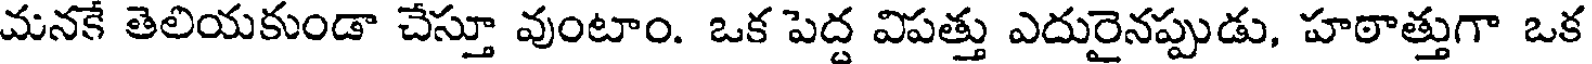
మనకే తెలియకుండా చేస్తూ వుంటాం. ఒక పెద్ద విపత్తు ఎదురైనప్పుడు, హఠాత్తుగా ఒక